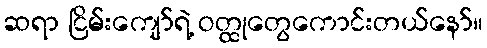
ဆရာ ငြိမ်းကျော်ရဲ့ ဝတ္ထုတွေကောင်းတယ်နော်။